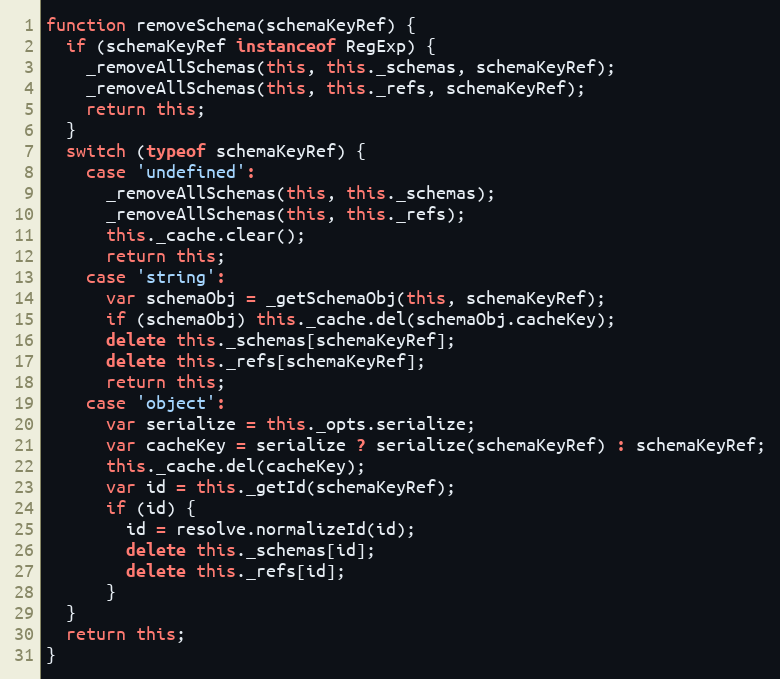
Language: JavaScript
function removeSchema(schemaKeyRef) {
  if (schemaKeyRef instanceof RegExp) {
    _removeAllSchemas(this, this._schemas, schemaKeyRef);
    _removeAllSchemas(this, this._refs, schemaKeyRef);
    return this;
  }
  switch (typeof schemaKeyRef) {
    case 'undefined':
      _removeAllSchemas(this, this._schemas);
      _removeAllSchemas(this, this._refs);
      this._cache.clear();
      return this;
    case 'string':
      var schemaObj = _getSchemaObj(this, schemaKeyRef);
      if (schemaObj) this._cache.del(schemaObj.cacheKey);
      delete this._schemas[schemaKeyRef];
      delete this._refs[schemaKeyRef];
      return this;
    case 'object':
      var serialize = this._opts.serialize;
      var cacheKey = serialize ? serialize(schemaKeyRef) : schemaKeyRef;
      this._cache.del(cacheKey);
      var id = this._getId(schemaKeyRef);
      if (id) {
        id = resolve.normalizeId(id);
        delete this._schemas[id];
        delete this._refs[id];
      }
  }
  return this;
}